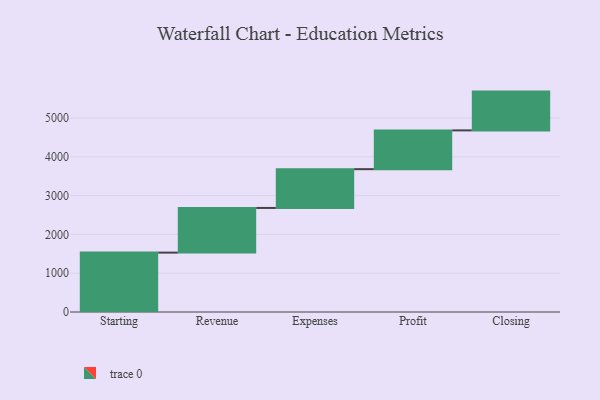
{"axis": {"x": "Step", "y": "Value"}, "legend": [""], "data": [{"x": "Starting", "y": 1531.0, "type": ""}, {"x": "Revenue", "y": 1152.0, "type": ""}, {"x": "Expenses", "y": 1000, "type": ""}, {"x": "Profit", "y": 1000, "type": ""}, {"x": "Closing", "y": 1000, "type": ""}]}